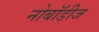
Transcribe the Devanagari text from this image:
नोबॉडीज